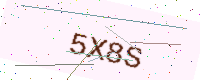
Text: 5X8S